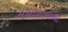
મથાળાવાળા